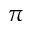
\pi